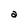
Character: a